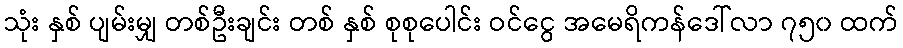
သုံး နှစ် ပျမ်းမျှ တစ်ဦးချင်း တစ် နှစ် စုစုပေါင်း ဝင်ငွေ အမေရိကန်ဒေါ်လာ ၇၅၀ ထက်